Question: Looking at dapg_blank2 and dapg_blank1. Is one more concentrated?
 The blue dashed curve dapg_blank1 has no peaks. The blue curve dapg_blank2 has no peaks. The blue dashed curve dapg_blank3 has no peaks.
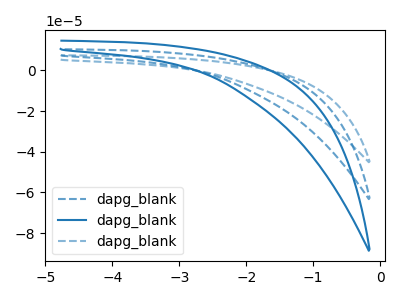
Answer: <think>Neither "dapg_blank2" or "dapg_blank1" have any peaks.
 </think>
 <answer>I cant tell if "dapg_blank2" or "dapg_blank1" has higher concentration.</answer>
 <eval>mixed_concentration</eval>